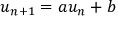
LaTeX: u _ { n + 1 } = a u _ { n } + b